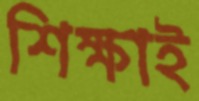
শিক্ষাই